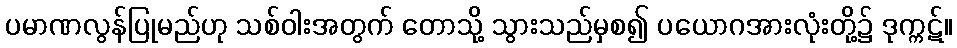
ပမာဏလွန်ပြုမည်ဟု သစ်ဝါးအတွက် တောသို့ သွားသည်မှစ၍ ပယောဂအားလုံးတို့၌ ဒုက္ကဋ်။